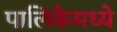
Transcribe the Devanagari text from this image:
पालिकेमध्ये